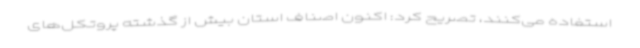
استفاده می‌کنند، تصریح کرد: اکنون اصناف استان بیش از گذشته پروتکل‌های